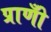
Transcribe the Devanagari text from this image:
प्राणोँ